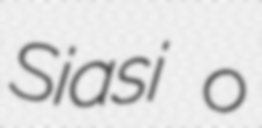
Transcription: Siasi ʻo